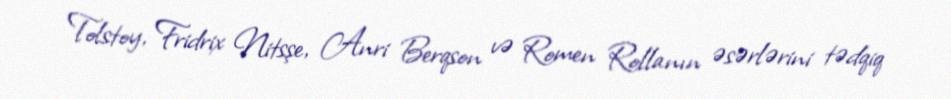
Tolstoy, Fridrix Nitsşe, Anri Berqson və Romen Rollanın əsərlərini tədqiq